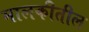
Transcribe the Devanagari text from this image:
मालकीतील